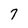
Character: 7